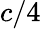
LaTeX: c/4